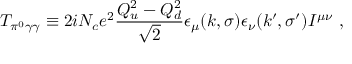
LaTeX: { \cal T } _ { \pi ^ { 0 } \gamma \gamma } \equiv 2 i N _ { c } e ^ { 2 } \frac { Q _ { u } ^ { 2 } - Q _ { d } ^ { 2 } } { \sqrt { 2 } } \epsilon _ { \mu } ( k , \sigma ) \epsilon _ { \nu } ( k ^ { \prime } , \sigma ^ { \prime } ) I ^ { \mu \nu } ~ ,